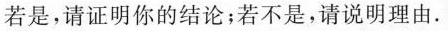
若是，请证明你的结论；若不是，请说明理由。